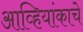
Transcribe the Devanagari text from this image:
आव्हियांकाचे